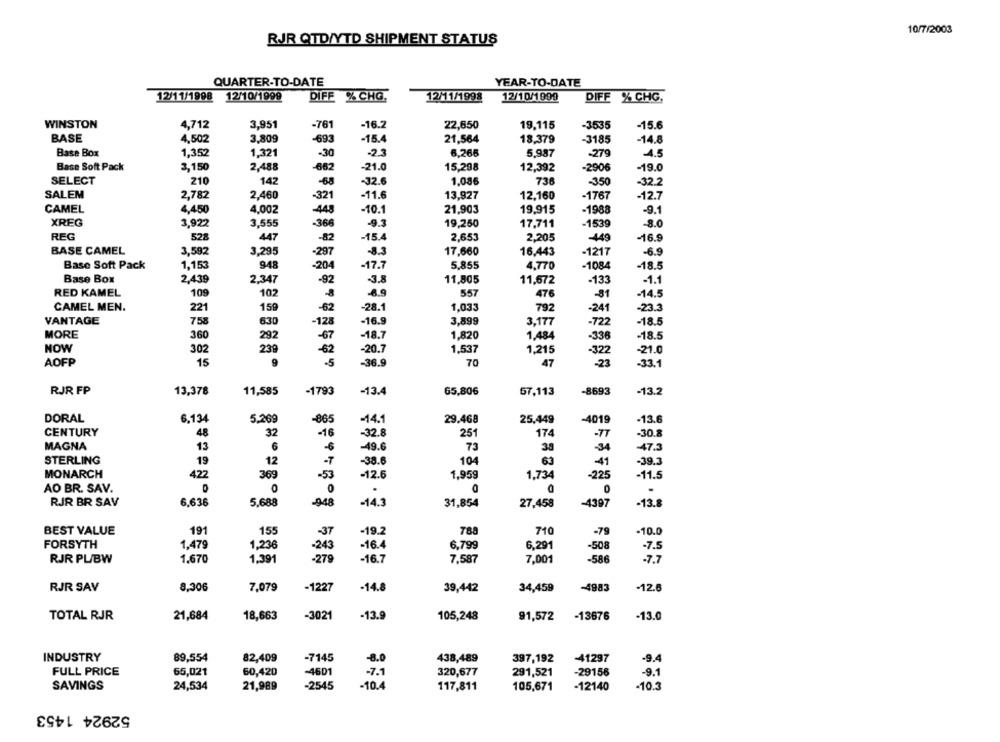
10/7/2003
RJR QTD/YTD SHIPMENT STATUS
QUARTER-TO-DATE
YEAR-TO-DATE
12/11/1998
12/10/1999
DIFE % CHQ.
12/11/1998
12/10/1999
DIFF % CHG.
WINSTON
4,712
3,951
-761
-16.2
22,650
19,115
-3535
-15.6
BASE
4,502
3.809
-693
-15.4
21,564
18,379
-3185
-14.8
Base Box
1,352
1,321
-30
-23
6,266
5.987
-279
-4.5
Base Soft Pack
3,150
2,488
-662
-21.0
15,298
12,392
-2906
-19.0
SELECT
210
142
-68
-32.6
1.086
736
-350
-32.2
SALEM
-11.6
2,782
2,460
-321
13,927
12,160
-1767
-12.7
CAMEL
4,450
4,002
43
-10.1
21,903
19,915
-1988
-9.1
XREG
3,922
3,555
-366
-9.3
19,250
17,711
-1539
-80
REG
528
447
-82
-15.4
2,653
2,205
-449
-16.9
BASE CAMEL
3,592
3,295
-297
-8.3
17,660
16,443
-1217
-6.9
Base Soft Pack
1,153
948
-204
-17.7
5,855
4.770
-1084
-18.5
Base Box
2,439
2,347
-92
-3.8
11,805
11,672
-133
-1.1
RED KAMEL
109
102
69
557
476
-81
-14.5
CAMEL MEN.
221
159
-62
-28.1
1,033
792
-241
-23.3
758
3,899
VANTAGE
630
128
-16.9
3,177
-722
-18.5
360
MORE
292
-67
-18.7
1,820
1,484
-336
-18.5
NOW
302
239
1,537
-62
-20.7
1,215
-322
-21.0
AOFP
15
-36.9
70
47
-23
-33.1
RJR FP
13,378
11,585
-1793
-13.4
65,806
57,113
-8693
-13.2
DORAL
6,134
5,269
-865
-14.1
29.468
25.449
-4019
-13.6
CENTURY
48
32
-16
-32.8
251
174
-77
-30.8
MAGNA
6
73
13
-49.6
38
-34
-47.3
STERLING
19
12
-T
104
63
41
-39.3
-38.6
MONARCH
422
369
1,959
1,734
-225
-11.5
53
-12.6
AO BR. SAV.
0
0
.
RIR BR SAV
6,636
5.688
-948
-14.3
31,854
27,458
-4397
-13.8
BEST VALUE
191
155
-37
-19.2
788
710
-79
10.0
FORSYTH
1,47
1,236
-243
-16.4
6.799
6,291
508
-7.5
RJR PL/BW
1.670
1,391
-279
-16.7
7,587
7,001
-586
-7.7
-1227
RJR SAV
8,306
7,079
-14.8
39,442
34,459
-4983
12.6
21,684
18,663
-3021
-13.
105,248
-13676
-13.0
TOTAL RJR
91,572
INDUSTRY
89,554
82,409
-7145
-8.0
438,489
397,192
-41297
-9.4
FULL PRICE
65,021
60,420
-4601
-7.1
320,677
291,521
-29156
-9.1
SAVINGS
24,534
21,989
-2545
-10.4
117,811
105,671
-12140
-10.3
52924 1453